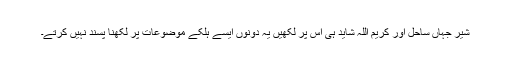
شیر جہاں ساحل اور کریم اللہ شاید ہی اس پر لکھیں یہ دونوں ایسے ہلکے موضوعات پر لکھنا پسند نہیں کرتے۔